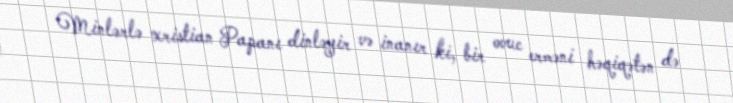
Minlərlə xristian Papanı dinləyir və inanır ki, bir ovuc erməni həqiqətən də